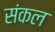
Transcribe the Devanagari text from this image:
संकल